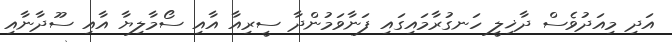
އަދި މިއަދުވެސް ދާޚިލީ ހަނގުރާމައިގައި ފަނާވަމުންދާ ސީރިއާ އާއި ސޯމާލިޔާ އާއި ސޫދާނާއި